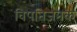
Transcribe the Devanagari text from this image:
विपतिजनक